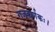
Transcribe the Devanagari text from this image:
गजकर्णकः।